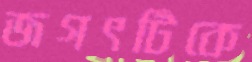
জগৎটিকে